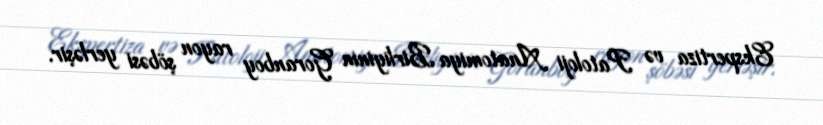
Ekspertiza və Patoloji Anatomiya Birliyinin Goranboy rayon şöbəsi yerləşir.